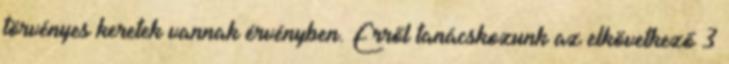
törvényes keretek vannak érvényben. Erről tanácskozunk az elkövetkező 3